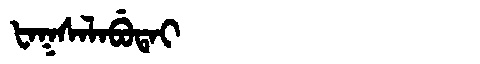
Manchu: ᡶᠠᡴᠰᠠᠯᠠᠪᡠᡨᠠᡳ
Romanization: FAKSALABUTAI